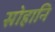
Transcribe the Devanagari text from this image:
सोहानि